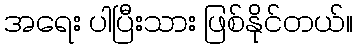
အရေး ပါပြီးသား ဖြစ်နိုင်တယ်။